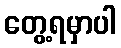
တွေ့ရမှာပါ